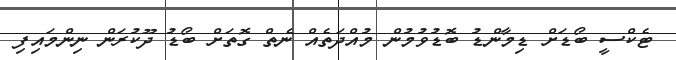
ޓެކްސީ ބޯޑަށް ޑިމާންޑު ބޮޑުވުމުން މުއްދަތެއް ނެތް ގޮތަށް ބޯޑު ދޫކުރަން ނިންމައިފި